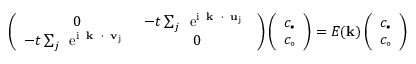
\left( \begin{array} { c c } { { 0 } } & { { - t \sum _ { j } \mathrm { \Large ~ e ^ { i { \bf ~ k ~ \cdot ~ u } _ { j } } ~ } } } \\ { { - t \sum _ { j } \mathrm { \Large ~ e ^ { i { \bf ~ k ~ \cdot ~ v } _ { j } } ~ } } } & { { 0 } } \end{array} \right) \left( \begin{array} { c } { { c _ { \bullet } } } \\ { { c _ { \circ } } } \end{array} \right) = E ( { \bf k } ) \left( \begin{array} { c } { { c _ { \bullet } } } \\ { { c _ { \circ } } } \end{array} \right)